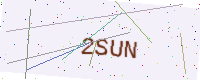
Text: 2SUN